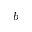
^ { b }